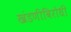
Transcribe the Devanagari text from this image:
खंडणीविरोधी